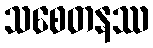
သစေတနဿ